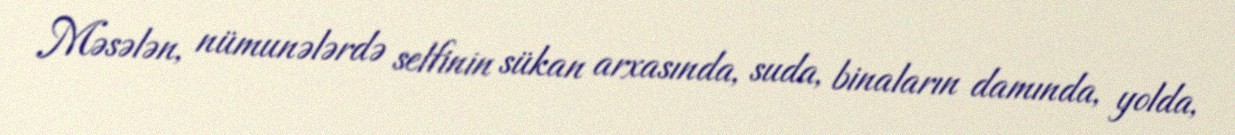
Məsələn, nümunələrdə selfinin sükan arxasında, suda, binaların damında, yolda,